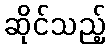
ဆိုင်သည့်